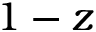
1 - z